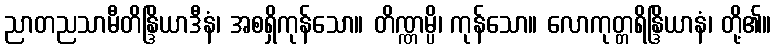
ညာတညသာမီတိန္ဒြိယာဒီနံ၊ အစရှိကုန်သော။ တိဏ္ဏမ္ပိ၊ ကုန်သော။ လောကုတ္တရိန္ဒြိယာနံ၊ တို့၏။